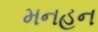
મનહન